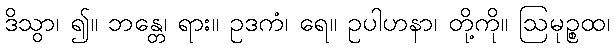
ဒိသွာ၊ ၍။ ဘန္တေ၊ ရား။ ဥဒကံ၊ ရေ။ ဥပါဟနာ၊ တို့ကို။ ဩမုဉ္စထ၊